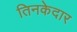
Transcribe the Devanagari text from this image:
तिनकेदार